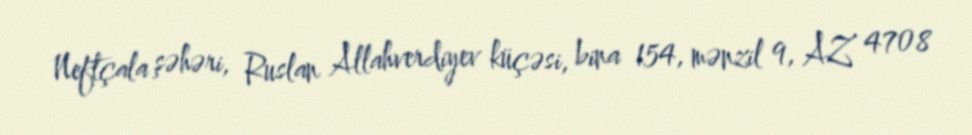
Neftçala şəhəri, Ruslan Allahverdiyev küçəsi, bina 154, mənzil 9, AZ 4708